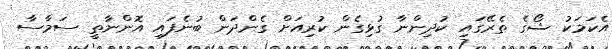
އެކަމަކު ޝޯގެ ތެރޭގައި ކުދިންނާ ގުޅިގެން ކުރިއަށް ގެންދަން ބުނެފައި އޮންނާތީ ސަމާސާ